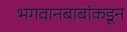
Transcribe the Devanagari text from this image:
भगवानबाबांकडून